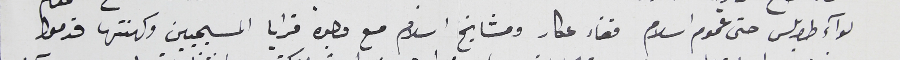
لوآء طرابلس حتى عموم اسلام قضاء عكار ومشايخ اسلام مع وجوه قرايا المسيحيين وكهنتها قدموا